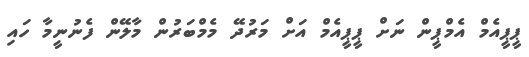
ޕީޕީއެމް އެމްޕީން ނަށް ޕީޕީއެމް އަށް މަރުދޭ މެމްބަރުން މާލޭން ފެނުނީމާ ހައި